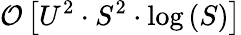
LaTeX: \mathcal{O}\left[U^{2}\cdot S^{2}\cdot\log\left(S\right)\right]